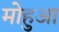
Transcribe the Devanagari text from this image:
मोहुआ